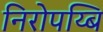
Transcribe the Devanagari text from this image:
निरोपय्बि